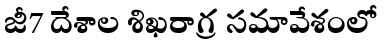
జీ7 దేశాల శిఖరాగ్ర సమావేశంలో